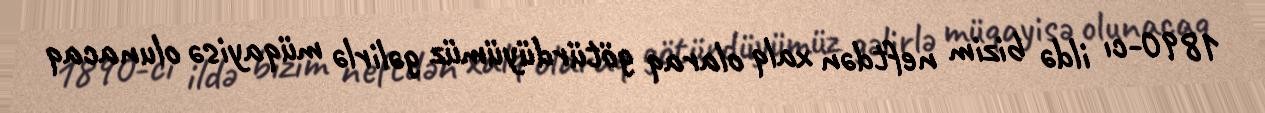
1890-cı ildə bizim neftdən xalq olaraq götürdüyümüz gəlirlə müqayisə olunacaq